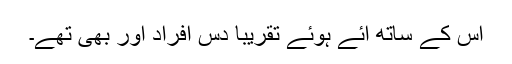
اس کے ساتھ آئے ہوئے تقریباً دس افراد اور بھی تھے۔